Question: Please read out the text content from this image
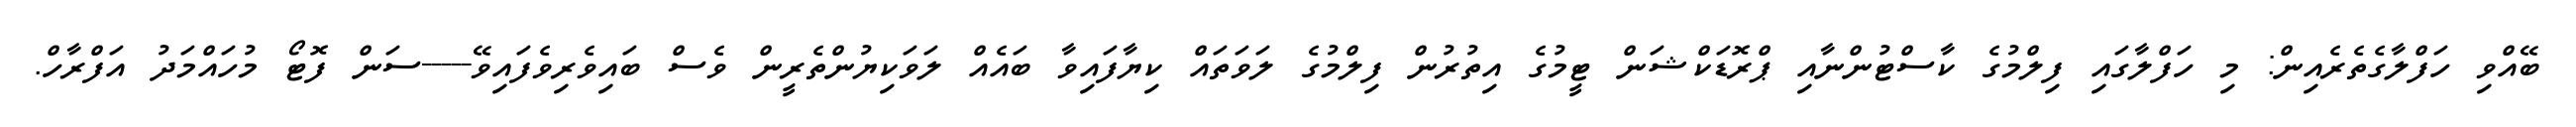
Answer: ބޭއްވި ހަފްލާގެތެރެއިން: މި ހަފްލާގައި ފިލްމުގެ ކާސްޓުންނާއި ޕްރޮޑަކްޝަން ޓީމުގެ އިތުރުން ފިލްމުގެ ލަވަތައް ކިޔާފައިވާ ބައެއް ލަވަކިޔުންތެރީން ވެސް ބައިވެރިވެފައިވޭ-----ސަން ފޮޓޯ މުހައްމަދު އަފްރާހް.